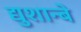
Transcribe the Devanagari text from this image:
द्युशान्बे